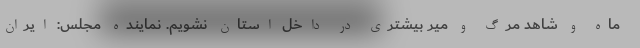
ماه و شاهد مرگ و میر بیشتری در داخل استان نشویم. نماینده مجلس: ایران